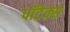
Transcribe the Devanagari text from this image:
पॉटेक्स